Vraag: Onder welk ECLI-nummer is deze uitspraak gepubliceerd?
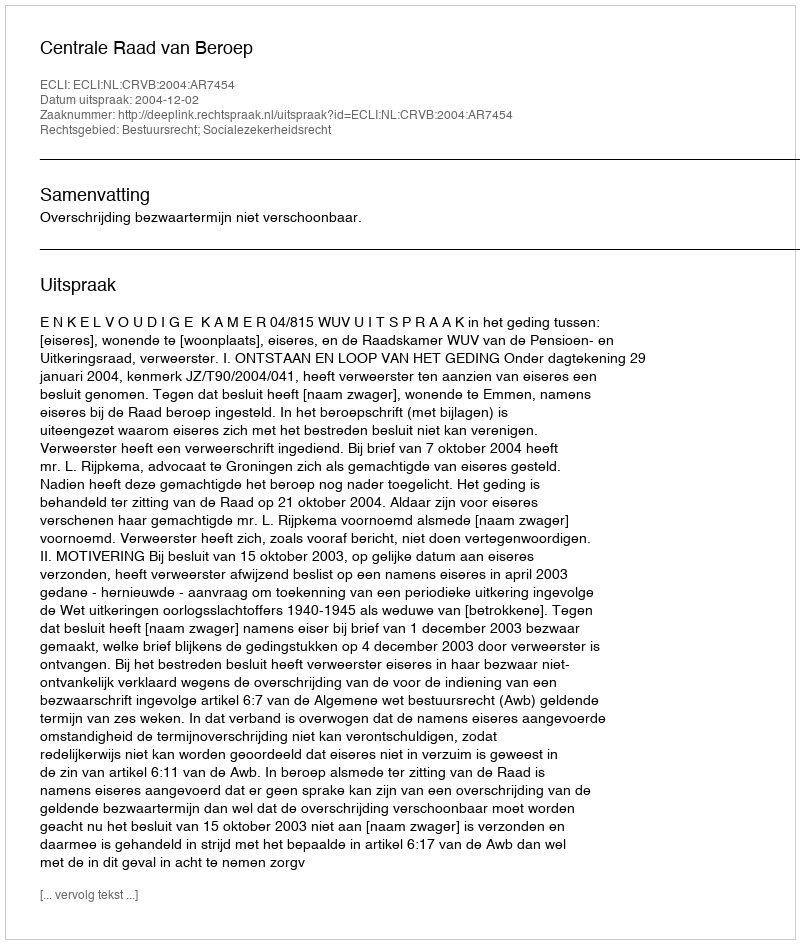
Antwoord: ECLI:NL:CRVB:2004:AR7454